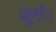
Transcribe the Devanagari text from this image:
जूनो।